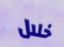
خلال